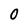
Character: 0